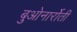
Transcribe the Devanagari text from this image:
बुओनार्रोती